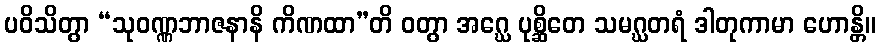
ပဝိသိတွာ “သုဝဏ္ဏဘာဇနာနိ ကိဏထာ”တိ ဝတွာ အဂ္ဃေ ပုစ္ဆိတေ သမဂ္ဃတရံ ဒါတုကာမာ ဟောန္တိ။